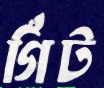
গিঁট